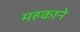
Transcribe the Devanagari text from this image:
महकाने